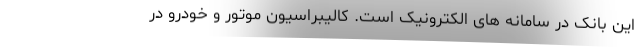
این بانک در سامانه های الکترونیک است. کالیبراسیون موتور و خودرو در